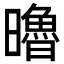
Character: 𣋼